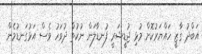
އަބްދު ގާޒީ ހައްޔަރުކޮށް މުޅި ޖުޑީޝަރީ ފުނޑާލަން ނުކުތް ދުވަހު ވެސް އަޅުގަނޑުމެން